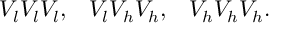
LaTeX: V _ { l } V _ { l } V _ { l } , \; \; \; V _ { l } V _ { h } V _ { h } , \; \; \; V _ { h } V _ { h } V _ { h } .